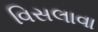
વિસલાવા